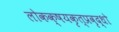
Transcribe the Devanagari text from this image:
लोकक्षयकृत्प्रवृद्धो